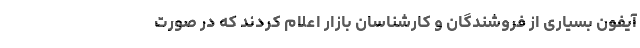
آیفون بسیاری از فروشندگان و کارشناسان بازار اعلام کردند که در صورت